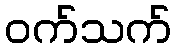
ဝက်သက်